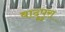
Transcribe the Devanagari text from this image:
बादूपुरा